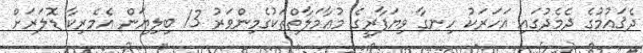
ދެޤައުމުގެ ދެމެދުގައި އަހަރަކު ހިނގާ ވިޔަފާރީގެ މުޢާމަލާތްތަކުގެމިންވަރު 13 ބިލިޔަން އެމެރިކާ ޑޮލަރަށް